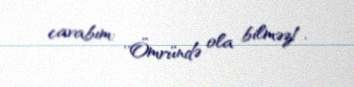
cavabım: ''Ömründə ola bilməz!.